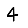
Digit: 4